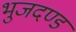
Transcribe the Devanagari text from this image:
भुजदण्ड